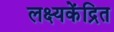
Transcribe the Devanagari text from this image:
लक्ष्यकेंद्रित